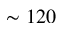
\sim 1 2 0